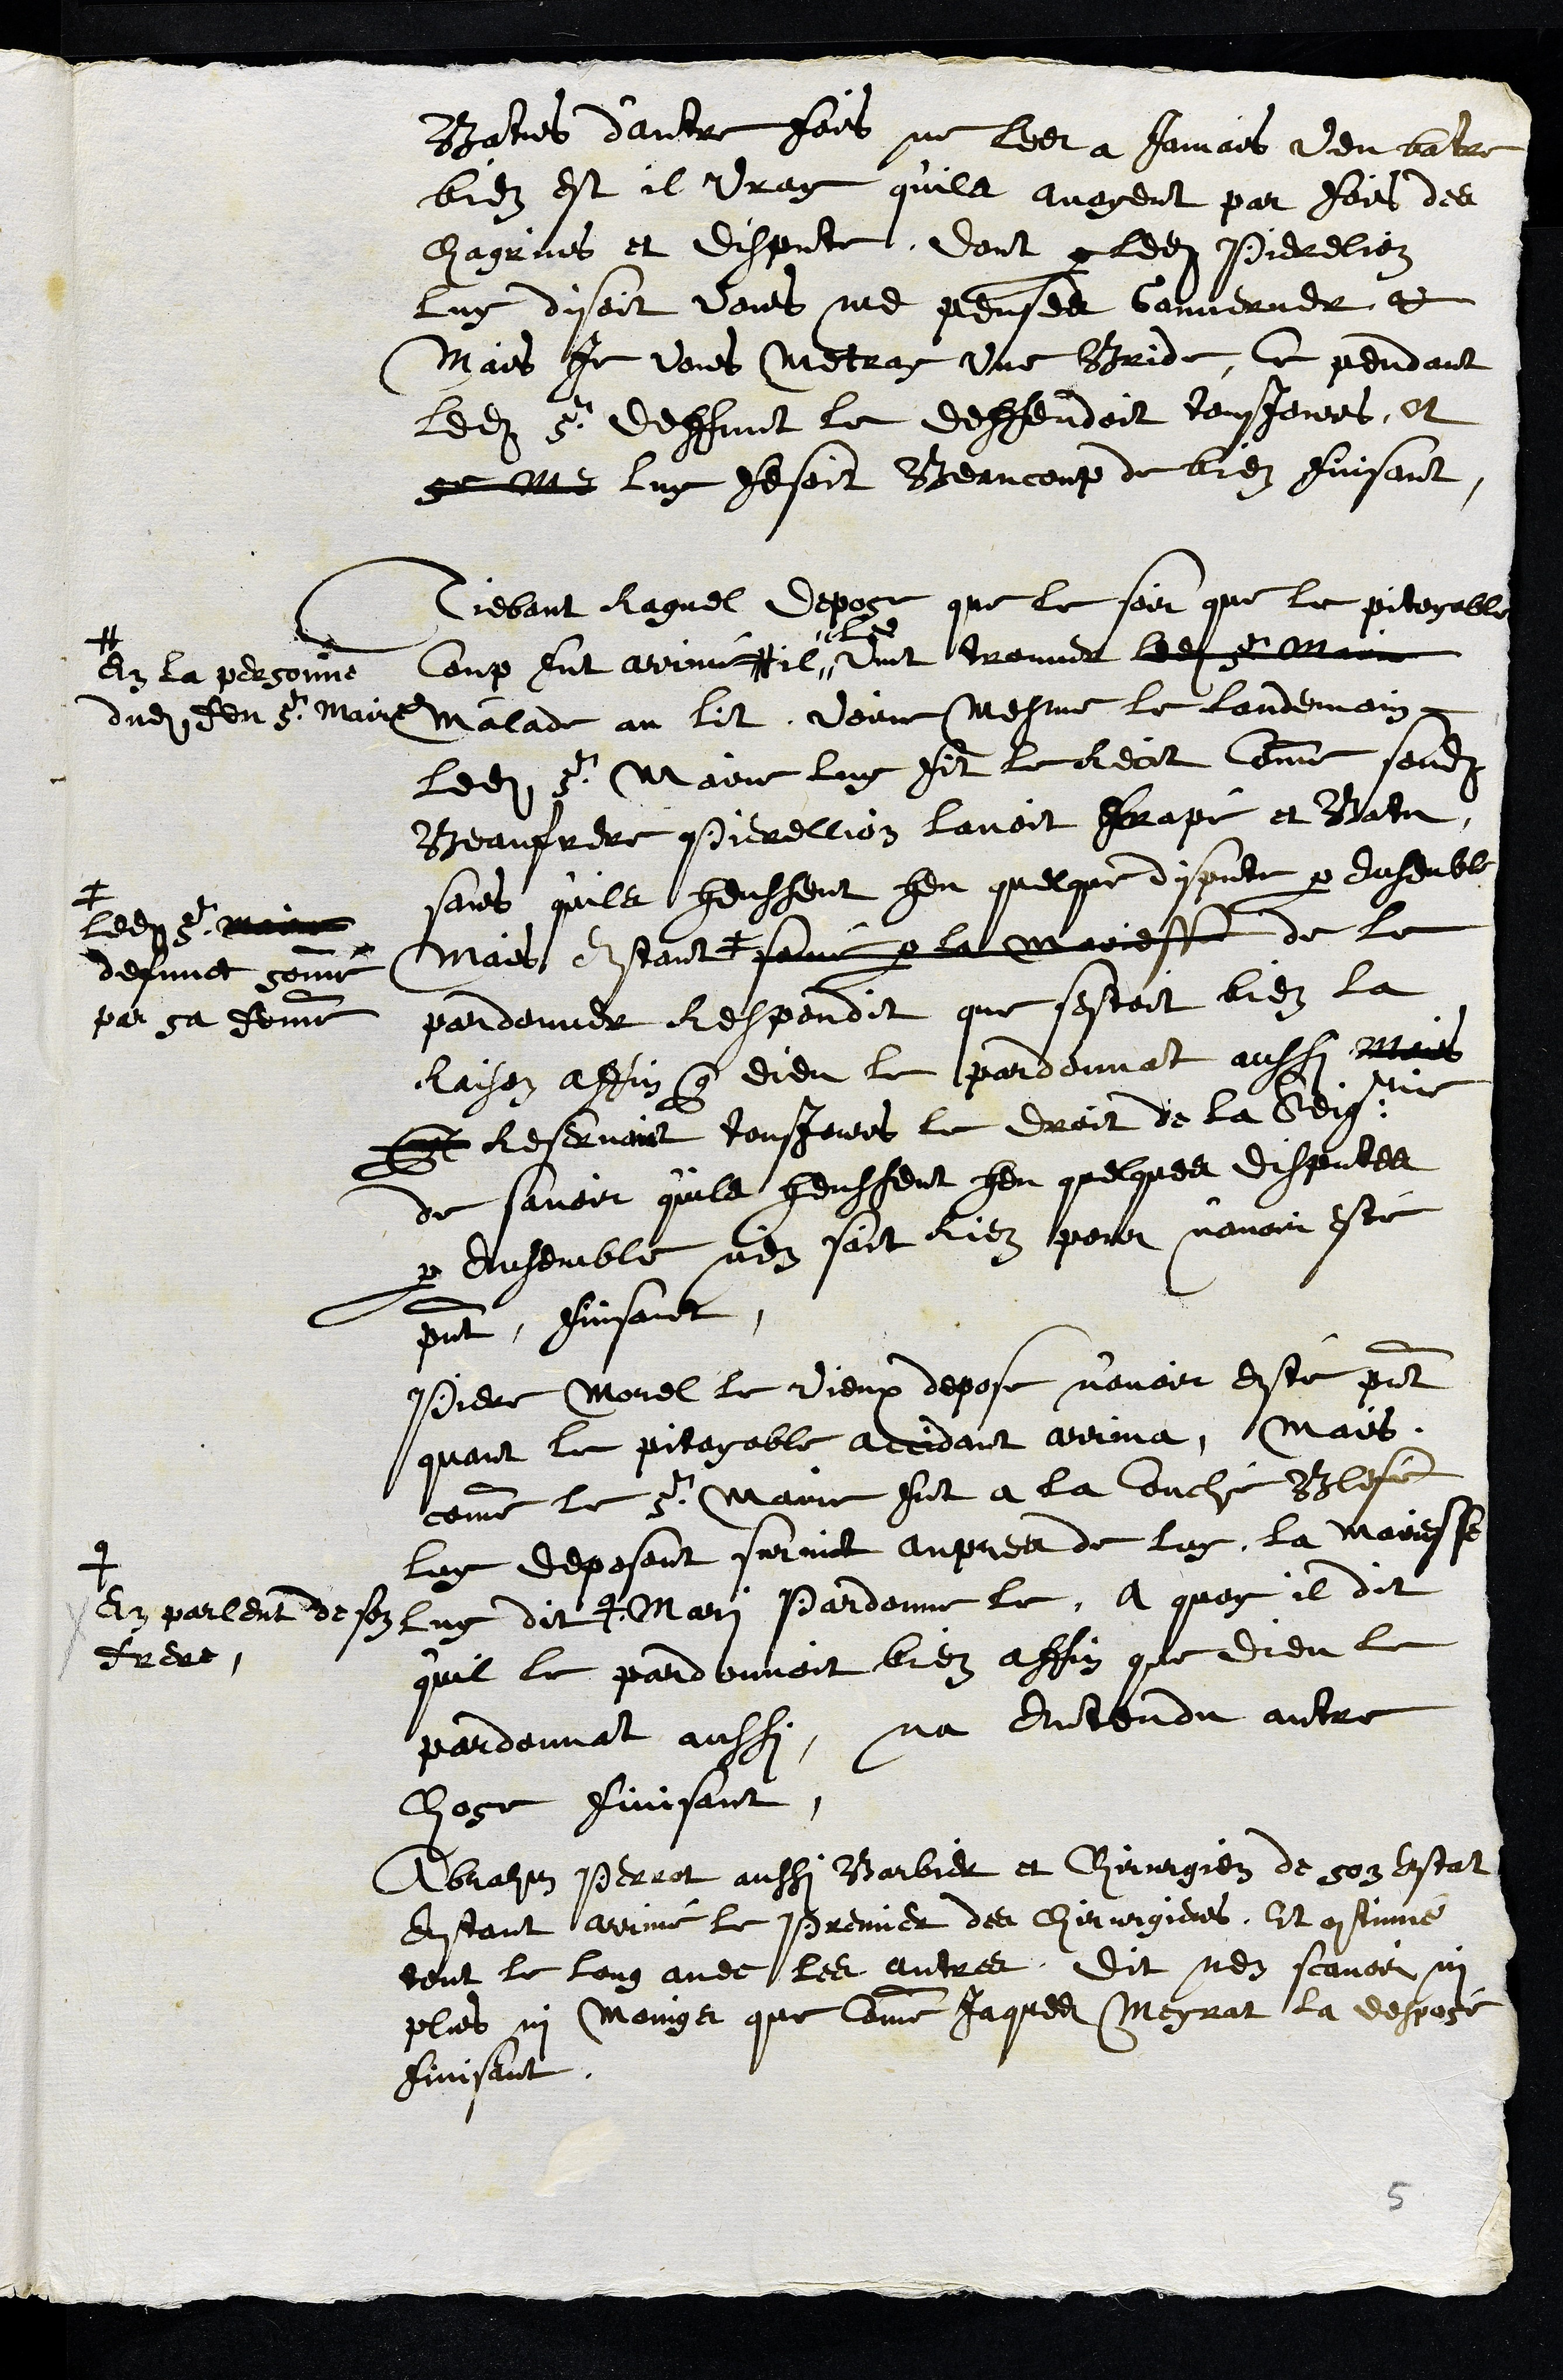
Batus d'autre fois ne les a jamais veu batre
bien est il vray qu'ils avoyent par fois des
Chagrins et dispute, dont par ledit Pierelion
luy disoit vous me penses Gouverner v
Mais Je vous metray une Bride, Ce pendant
ledit sr deffunt le deffendoit tousjours, et
se Me luy fesoit Beaucoup de bien finisant
Tiebaut Raguel depose que le soir que le pitoyable
coup fut arrivé #
# en la personne
dudit feu Sr maire
il
Les
vint trouver ledit sr Maire
Malade au Lit Voire mesme le Landemain
Ledit Sr Maire luy fit le Recit Comme sondit
Beaufrere Pierellion lavoit frapé et Batu,
sans qu'ils heussent heu quelque dispute par ensemble
Mais estant #
# ledit sr maire
defunct sommé
par sa femme
somé par la Mairesse de le
pardonner Respondit que sestoit bien la
Raison affin que dieu le pardonnat aussi Mais
quil Reservoit tousjours le droit de la Seigrie
de savoir qu'ils heussent heu quelques disputes
par ensemble, n'en sait rien pour n'avoir esté
present, finissant.
Pierre Morel le Vieux depose n'avoir esté present
quant le pitoyable accidant arriva, Mais
comme le Sr Maire fut a la couche Blesé
luy deposant survint aupres de luy, la mairesse
luy dit #
#
En parlent de son
frere
Mari Pardonne le. A quoy il dit
qu'il le pardonnoit bien affin que dieu le
pardonnat aussi, na entendu autre
chose finisant
Abrahm Perrot aussi Barbier et Chirurgien de son Estat
Estant arrivé le Premier des Chirurgiens, Et continué
tout le Long avec les autres, Dit nen scavoir ni
plus, ny Moings que Comme Jaques Meyrat la desposé
finisant.
5